Bréfritari: Soffía Daníelsdóttir
Viðtakandi: Jakobína Magnúsdóttir og Daníel Halldórsson
Dagsetning: A-1901-02-21
Skrifað á: Skeggjastöðum  N-Múl.
Soffía var dóttir Jakobínu og Daníels

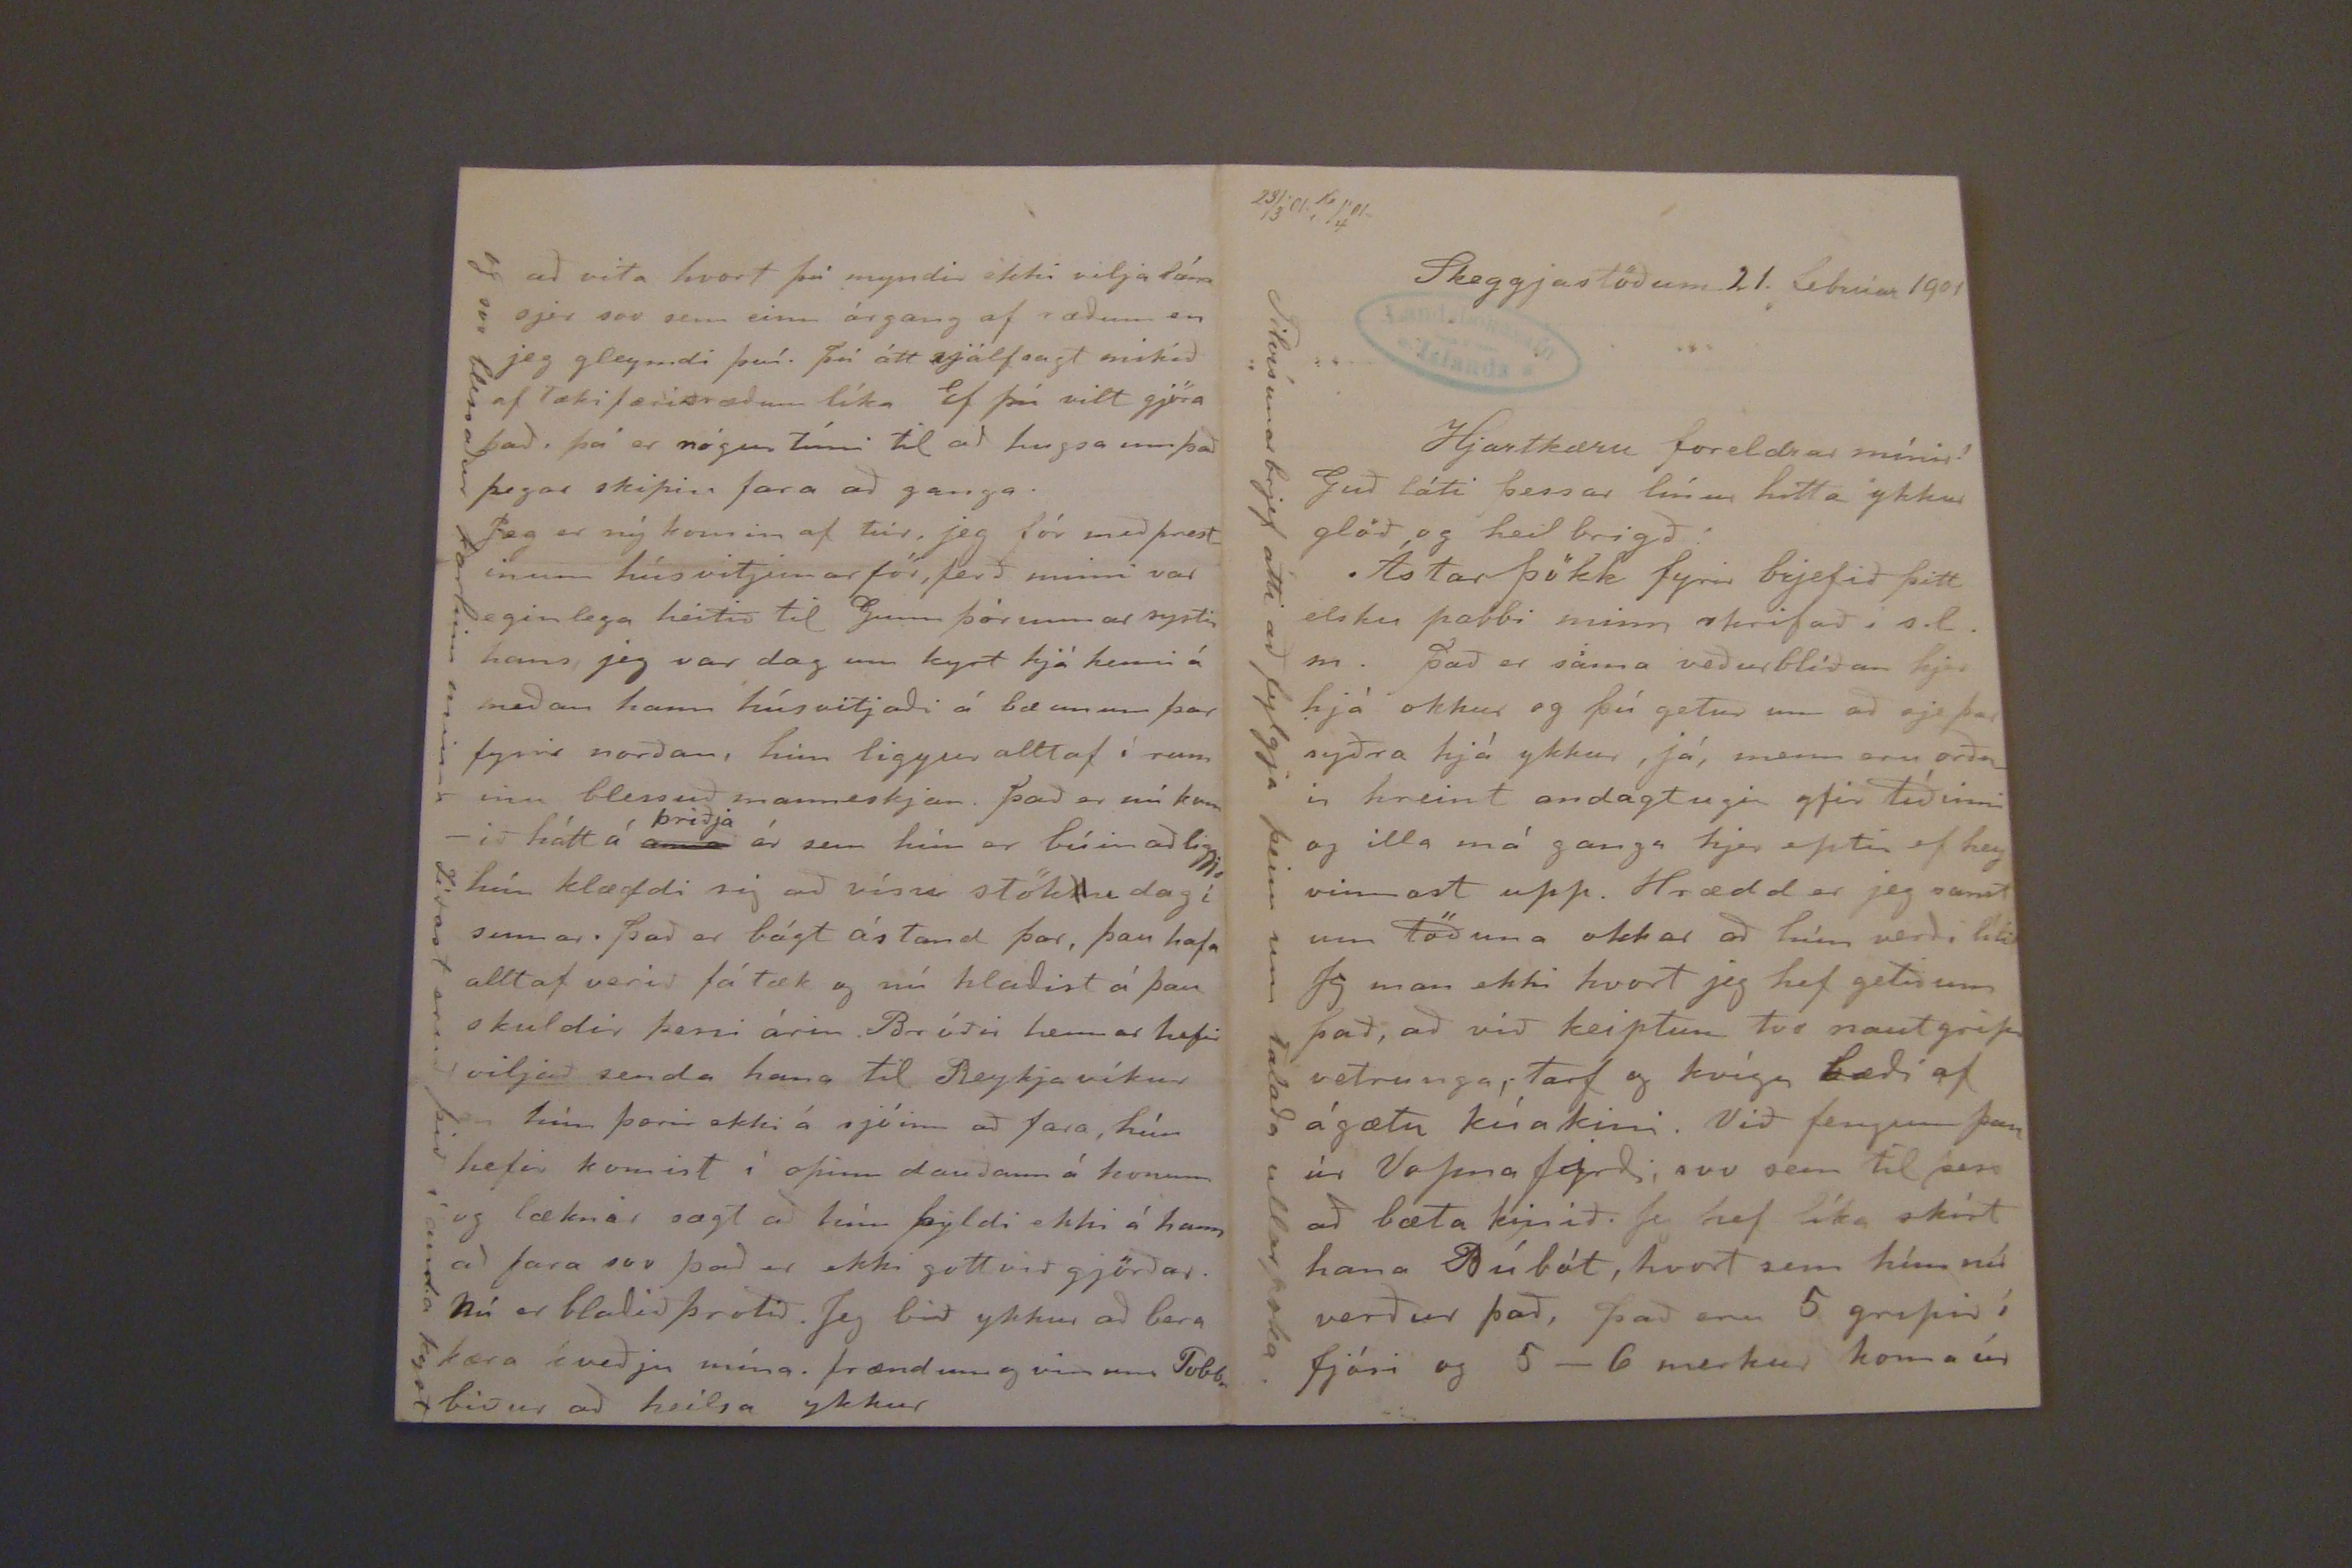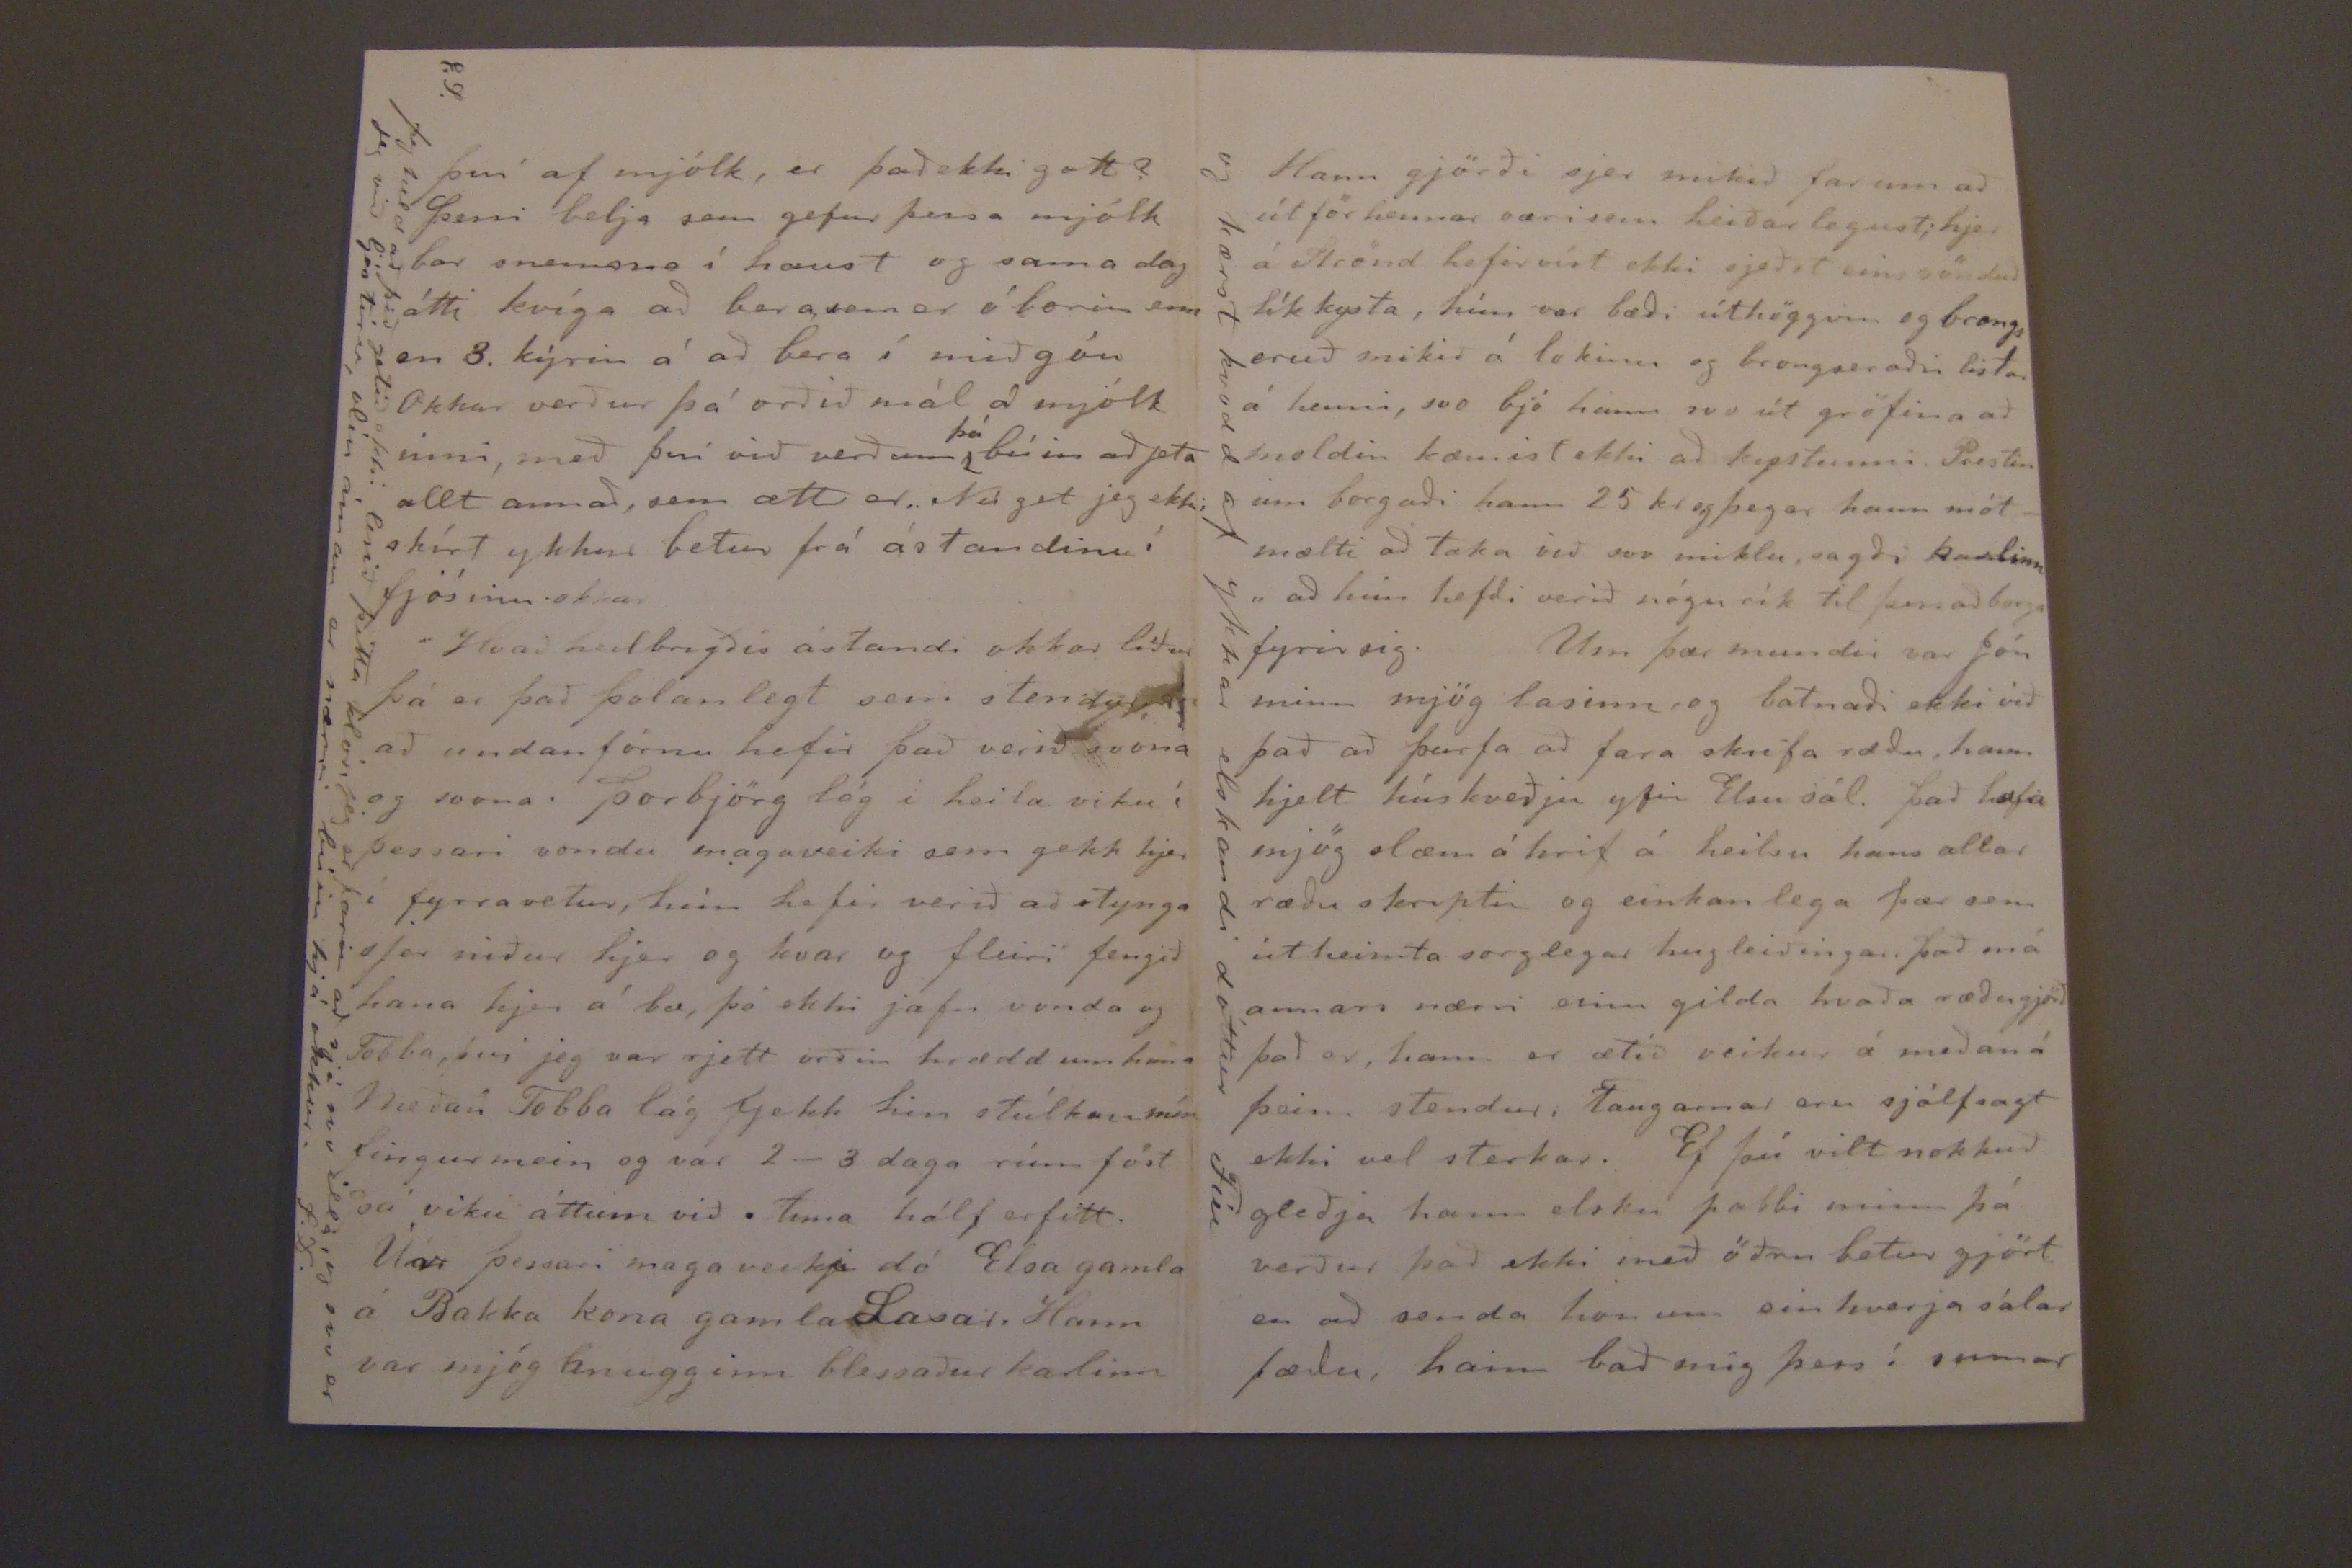

23/3'01.r 16/4'01
Skeggjastöðum 21. febrúar 1901
Hjartkæru foreldrar mínir!
Guð láti þessar línur hitta ykkur glöð og heilbrigð!
Ástar þökk fyrir brjefið þitt elsku pabbi minn skrifað í s.l.m. það er sama veðurblíðan hjer hjá okkur og þú getur um að sje þar syðra hjá ykkur, já, menn eru orðnir hreint
andagtugir
yfir tíðinni og illa má ganga her eptir ef hey vinnast upp. Hrædd er jeg samt um töðuna okkar að hún verði lítið Jeg man ekki hvort jeg hef getið um það, að við keiptum tvo nautgripi vetrunga, tarf og kvíga bæði af ágætu kúakini. Við fengum þau úr Vopna firði; svo sem til þess að bæta kinið. Jeg hef líka skírt hana Búbót, hvort sem hún nú verður það, það eru 5 gripir í fjósi og 5-6 merkur koma úr
Tilvísunarbrjef átti að fylgja þeim um talaða ullarpoka.
því af mjólk, er það ekki gott? þessi bela sem gefur þessa mjólk bar snemma í haust og sama dag átti kvíga að berasem er óborin enn en 3. kýrin á að bera í miðgóu Okkar verður þá orðið mál á mjólk inni, með því við verðurm
þá
búin að jeta allt annað, sem alt er. Nú get jeg ekki skírt ykkur betur frá ástandinu í fjósinu okkar
Hvað heilbrigðis ástandi okkar líður þá er það þolanlegt sem stendur, að undanförnu hefir það verið svona og svona. þorbjörg lág í heila viku í þessari vondu magaveiki sem gekk hjer í fyrra vetur, hún hefir verið að stynga
ofar
niður hjer og hvar og fleiri fengið hana hjer á bæ, þó ekki jafn vonda og Tobba, því jeg var rjett orðin hrædd um hana Meðan Tobba lág fjekk hin stúlkan mín fingurmein og var 2-3 daga rúm föst þá viku áttum við Anna hálf erfitt.
Úr þessari magaveiki dó Elsa gamla á Bakka kona gamla
Lavar
. Hann var mjög hnugginn blessaður karlinn
E.S.
Jeg held að þið getið ekki lesið þetta klór, jeg er farin að sjá svo illa, og svo er jeg við
ljós tínu, alin áman
er nærri búin hjá okkur. S.D.
að vita hvort þú myndir ekki vilja lána sjer svo sem einn árgang af ræðum en jeg gleymdi því. þú átt sjálfsagt mikið af tækifærisræðum líka Ef þú vilt gjöra það, þá er nógur tími til að hugsa um það þegar skipin fara að ganga.
Jeg er ný komin af túr, jeg fór með prestinum húsvitjunarför, ferð minni var eginlega heitið til Gunnþórunnar systir hans, jeg var dag um kyrt hjá henni á meðan hann húsvitjaði á bæunum þar fyrir norðan, hún liggur alltaf í rum inu blessuð manneskjan. það er nú komið hátt á
anna
þriðja
ár sem hún er búin að liggja hún klæddi sig að vísu stök
k
u dag i sumar. það er bágt ástand þar, þau hafa alltaf verið fátæk og nú hlaðist á þau skuldir þessi árin Bróðir hennar hefir viljað senda hana til Reykjavíkur hún þorir ekki á sjóinn að fara, hún hefir komist í opinn dauðann á honum og læknar sagt að hún þyldi ekki á hann að fara svo það er ekki gott við gjörðar. Nú er blaðið þrotið. Jeg bið ykkur að bera kæra kveðju mína. frændum og vinum Tobba biður að heilsa ykkur
af svo blessaður karlinn minn Síðast eruð þið í anda kyst
Hann gjörði sjer mikið farinn að útför hennar væri sem heiðar legust, hjer á Strönd hefir víst ekki sjeðst eins vönduð lík kysta, hún var bæði úthöggvin og brongs eruð. mikið á lokinu og brongseraðir istar á henni, svo bjó hann svo út gröfina að mldin kæmist ekki að kystunni. Prestin um borgaði hann 25 kr og þegar hann mótmæti að taka við svo miklu, sagði karlinn " að hún hefði verið nógu rík til þess að borga fyrir sig. Um þær mundir var Jón minn mjög lasinn og batnaði ekki við það að þurfa að fara skrifa ræðu, hann hjelt húskveðju yfir Elsu sál. það hafa mjög sæm á hrif á heilsu hans allar ræðu skriptir og einkanlega þær sem útheimta sorglegar hugleiðingar. það má annars nærri einn gilda hvaða ræðugjörð það er, hann er ætíð veikur á meðan á þeim stendur. Taugarnar eru sjálfsagt ekki vel sterkar. Ef þú vilt nokkuð gleðja hann elsku pabbi minn þá verður það ekki með öðru betur gjört en að senda honum ein hverja sálar
fælu
, hann bað mig þess í sumar
og kærst kvodd af ykkar elskandi dóttur Fíu